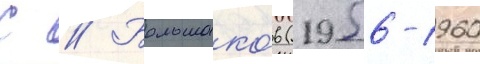
С // Большако́в (1956-1960